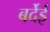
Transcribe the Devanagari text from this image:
बर्देई